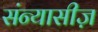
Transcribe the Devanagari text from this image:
संन्यासीज़